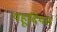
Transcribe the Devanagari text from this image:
यहूदियत